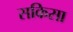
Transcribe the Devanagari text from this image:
सकिसा